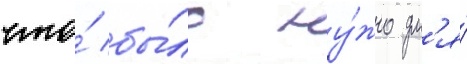
что́ бы́ло ну́жно дл'я́